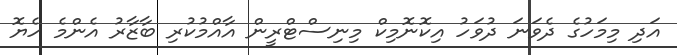
އަދި މިމަހުގެ ދެވަނަ ދުވަހު އިކޮނޮމިކް މިނިސްޓްރީން އާއްމުކުރި ބާޒާރު އެންމެ ހެޔޮ